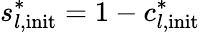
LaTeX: s_{l,\mathrm{init}}^{*}=1-c_{l,\mathrm{init}}^{*}